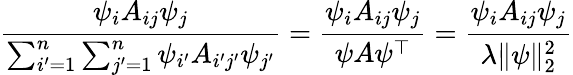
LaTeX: {\frac{\psi_{i}A_{ij}\psi_{j}}{\sum_{i^{\prime}=1}^{n}\sum_{j^{\prime}=1}^{n}\psi_{i^{\prime}}A_{i^{\prime}j^{\prime}}\psi_{j^{\prime}}}}={\frac{\psi_{i}A_{ij}\psi_{j}}{\psi A\psi^{\top}}}={\frac{\psi_{i}A_{ij}\psi_{j}}{\lambda\| \psi\| _{2}^{2}}}